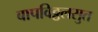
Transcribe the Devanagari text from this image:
बापविठ्ठलसुत